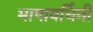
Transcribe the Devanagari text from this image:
भाषावर्धिनी